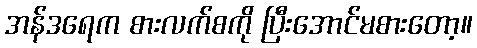
အန်ဒရေက စားလက်စကို ပြီးအောင်မစားတော့။